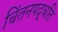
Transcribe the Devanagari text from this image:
चिंतनपद्धति